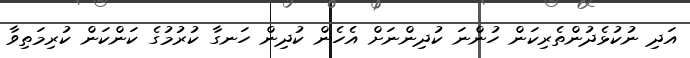
އަދި ނުކުޅެދުންތެރިކަން ހުންނަ ކުދިންނަށް އެހެން ކުދިން ހަނގާ ކުރުމުގެ ކަންކަން ކުރިމަތިވާ